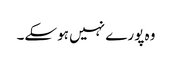
وہ پورے نہیں ہوسکے۔